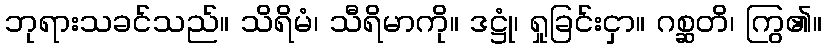
ဘုရားသခင်သည်။ သိရိမံ၊ သီရိမာကို။ ဒဋ္ဌုံ၊ ရှုခြင်းငှာ။ ဂစ္ဆတိ၊ ကြွ၏။